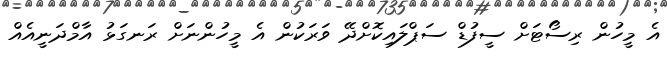
އެ މީހުން ރިސޯޓަށް ސީފުޑް ސަޕްލައިކޮށްދޭ ވަރަކުން އެ މީހުންނަށް ރަނގަޅު އާމްދަނީއެއް